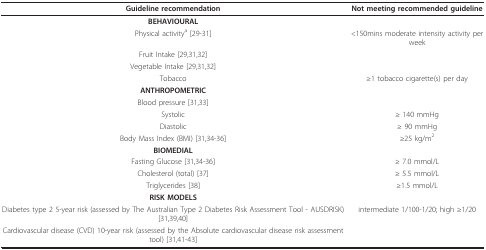
<table><thead><tr><td><b>Guideline recommendation</b></td><td><b>Not meeting recommended guideline</b></td></tr></thead><tbody><tr><td><b>BEHAVIOURAL</b></td><td>[EMPTY_CELL]</td></tr><tr><td>Physical activity<sup>a </sup>[29-31]</td><td>&lt;150mins moderate intensity activity per week</td></tr><tr><td>Fruit Intake [29,31,32]</td><td>[EMPTY_CELL]</td></tr><tr><td>Vegetable Intake [29,31,32]</td><td>[EMPTY_CELL]</td></tr><tr><td>Tobacco</td><td>≥1 tobacco cigarette(s) per day</td></tr><tr><td><b>ANTHROPOMETRIC</b></td><td>[EMPTY_CELL]</td></tr><tr><td>Blood pressure [31,33]</td><td>[EMPTY_CELL]</td></tr><tr><td>Systolic</td><td>≥ 140 mmHg</td></tr><tr><td>Diastolic</td><td>≥ 90 mmHg</td></tr><tr><td>Body Mass Index (BMI) [31,34-36]</td><td>≥25 kg/m<sup>2</sup></td></tr><tr><td><b>BIOMEDIAL</b></td><td>[EMPTY_CELL]</td></tr><tr><td>Fasting Glucose [31,34-36]</td><td>≥ 7.0 mmol/L</td></tr><tr><td>Cholesterol (total) [37]</td><td>≥ 5.5 mmol/L</td></tr><tr><td>Triglycerides [38]</td><td>≥1.5 mmol/L</td></tr><tr><td><b>RISK MODELS</b></td><td>[EMPTY_CELL]</td></tr><tr><td>Diabetes type 2 5-year risk (assessed by The Australian Type 2 Diabetes Risk Assessment Tool - AUSDRISK) [31,39,40]</td><td>intermediate 1/100-1/20; high ≥1/20</td></tr><tr><td>Cardiovascular disease (CVD) 10-year risk (assessed by the Absolute cardiovascular disease risk assessment tool) [31,41-43]</td><td>[EMPTY_CELL]</td></tr></tbody></table>